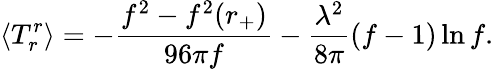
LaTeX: \langle T_{r}^{r}\rangle=-{\frac{f^{2}-f^{2}(r_{+})}{96\pi f}}-{\frac{\lambda^{2}}{8\pi}}(f-1)\ln f.